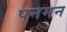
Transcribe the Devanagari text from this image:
पनमन